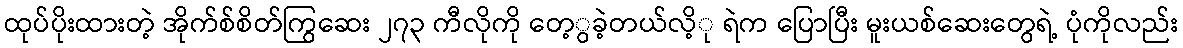
ထုပ်ပိုးထားတဲ့ အိုက်စ်စိတ်ကြွဆေး ၂၇၃ ကီလိုကို တေ့ွခဲ့တယ်လိ့ု ရဲက ပြောပြီး မူးယစ်ဆေးတွေရဲ့ ပုံကိုလည်း